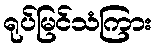
ရုပ်မြင်သံကြား